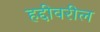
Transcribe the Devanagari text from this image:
हद्दीवरील